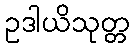
ဥဒါယိသုတ္တ